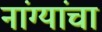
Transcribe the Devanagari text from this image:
नांग्यांचा